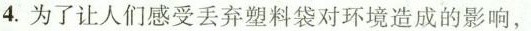
4.为了让人们感受丢弃塑料袋对环境造成的影响，